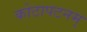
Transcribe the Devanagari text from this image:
कोठापटनम्